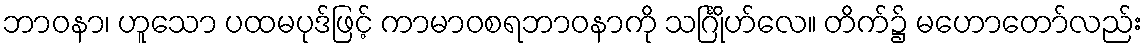
ဘာဝနာ၊ ဟူသော ပထမပုဒ်ဖြင့် ကာမာဝစရဘာဝနာကို သင်္ဂြိုဟ်လေ။ တိက်၌ မဟောတော်လည်း